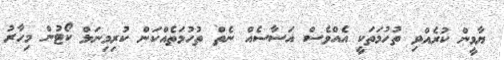
ޔާމީން ކުރެއްވި ތުހުމަތަކީ އެއްވެސް އަސާސެއް ނެތް ތުހުމަތެއްކަން ކުރިމިނަލް ކޯޓުން މިހާރު